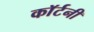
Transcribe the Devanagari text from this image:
काॅर्टनी